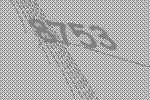
8753